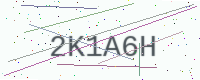
Text: 2K1A6H